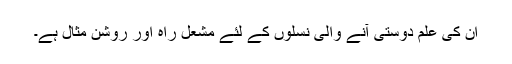
ان کی علم دوستی آنے والی نسلوں کے لئے مشعل راہ اور روشن مثال ہے۔